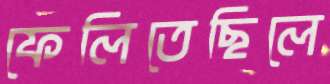
ফেলিতেছিলে